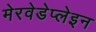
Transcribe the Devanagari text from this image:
मेरवेडेप्लेइन